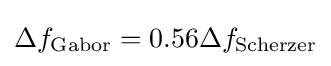
\Delta f_{\text{Gabor}}=0.56\Delta f_{\text{Scherzer}}